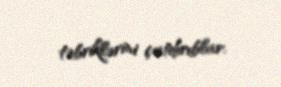
təbriklərini çatdırıblar.